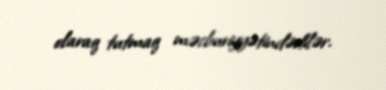
olaraq tutmaq məcburiyyətindədilər.